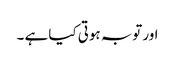
اور توبہ ہوتی کیا ہے ۔